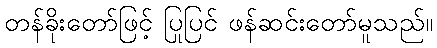
တန်ခိုးတော်ဖြင့် ပြုပြင် ဖန်ဆင်းတော်မူသည်။